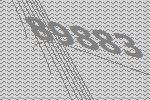
89883